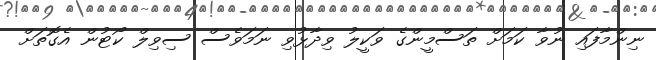
ނިންމާފައި ނުވާ ކަމަށް ތަސްމީންގެ ވަކީލު ވިދާޅުވި ނަމަވެސް ސިވިލް ކޯޓުން އެގޮތަށް